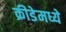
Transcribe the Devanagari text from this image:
क्रीडेमध्ये